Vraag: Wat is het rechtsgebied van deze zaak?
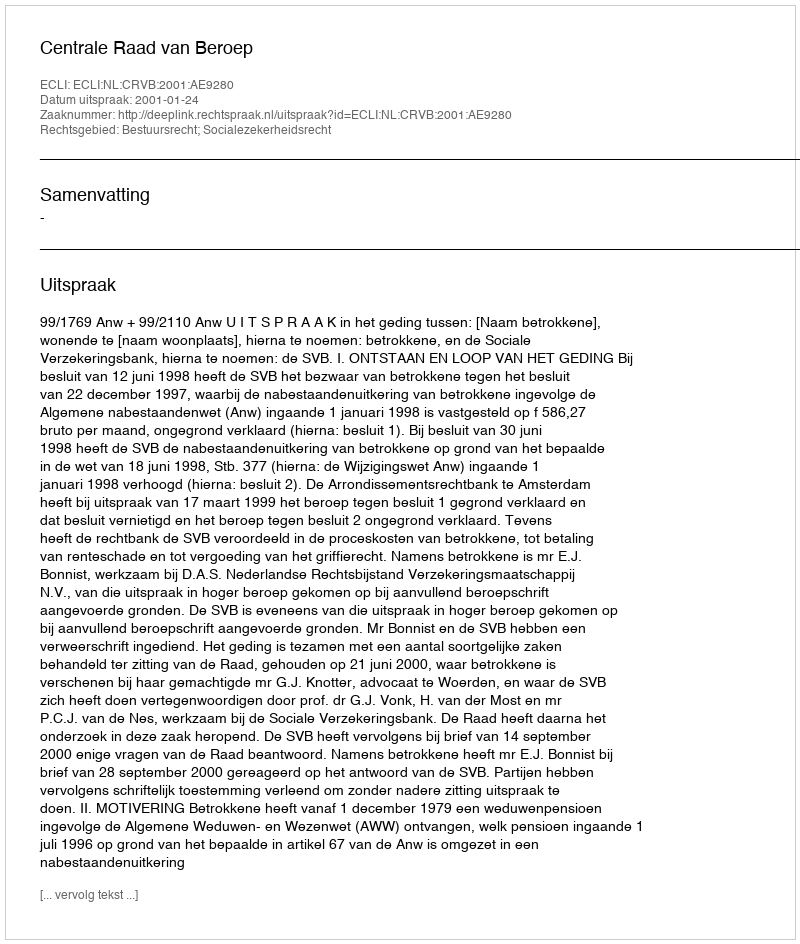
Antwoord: Bestuursrecht; Socialezekerheidsrecht